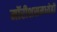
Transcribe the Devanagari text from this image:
मॉरीशसमध्येही